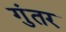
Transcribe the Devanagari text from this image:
गुंतर